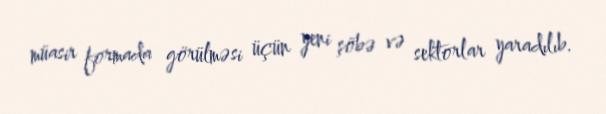
müasir formada görülməsi üçün yeni şöbə və sektorlar yaradılıb.